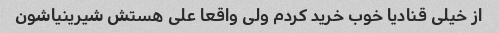
از خیلی قنادیا خوب خرید کردم ولی واقعا علی هستش شیرینیاشون